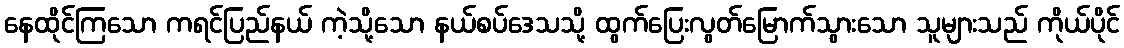
နေထိုင်ကြသော ကရင်ပြည်နယ် ကဲ့သို့သော နယ်စပ်ဒေသသို့ ထွက်ပြေးလွတ်မြောက်သွားသော သူများသည် ကိုယ်ပိုင်